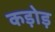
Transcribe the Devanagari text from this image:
कड़ोड़